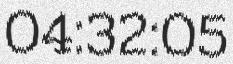
04:32:05